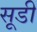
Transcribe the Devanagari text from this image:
सूडी